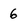
Character: 6